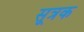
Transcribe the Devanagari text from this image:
सूत्रक